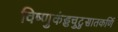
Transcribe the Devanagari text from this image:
विष्णुकंड्डचुटुसातकर्णि